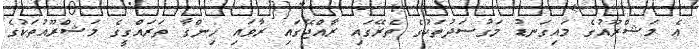
އެ މަޝްރޫއުގެ މައިގަނޑު މަގުސަދުތަކުގެ ތެރޭގައި ރާއްޖޭގައި ރާވައި ހިންގާ ތަރައްގީގެ މަޝްރޫއުތަކުގެ